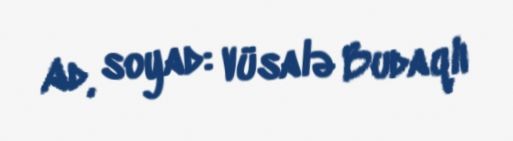
Ad, soyad: Vüsalə Budaqlı